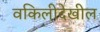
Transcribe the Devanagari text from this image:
वकिलीदेखील